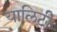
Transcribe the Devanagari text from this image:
यालिटी